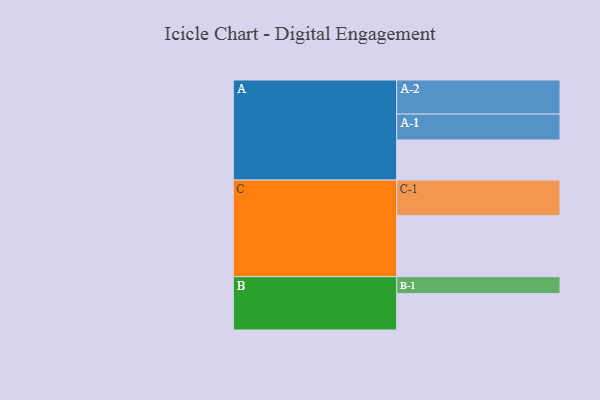
{"axis": {"x": "Segment", "y": "Value"}, "legend": ["", "A", "B", "C"], "data": [{"x": "A", "y": 332, "type": ""}, {"x": "B", "y": 301, "type": ""}, {"x": "C", "y": 505, "type": ""}, {"x": "A-1", "y": 214, "type": "A"}, {"x": "A-2", "y": 282, "type": "A"}, {"x": "B-1", "y": 140, "type": "B"}, {"x": "C-1", "y": 294, "type": "C"}]}